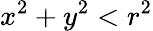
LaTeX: x^{2}+y^{2}<r^{2}